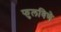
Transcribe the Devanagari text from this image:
फुलविणे